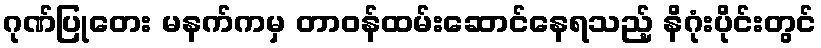
ဂုဏ်ပြုတေး မနက်ကမှ တာဝန်ထမ်းဆောင်နေရသည့် နိဂုံးပိုင်းတွင်